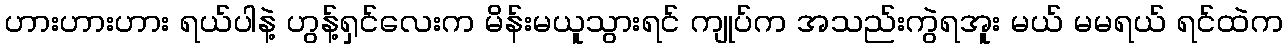
ဟားဟားဟား ရယ်ပါနဲ့ ဟွန့်ရှင်လေးက မိန်းမယူသွားရင် ကျုပ်က အသည်းကွဲရအူး မယ် မမရယ် ရင်ထဲက